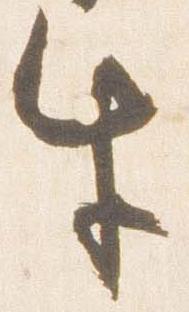
牛